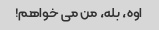
اوه، بله، من می خواهم!